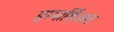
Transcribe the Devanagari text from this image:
इम्पार्शिअल